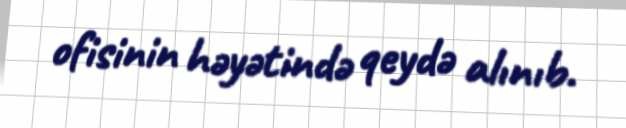
ofisinin həyətində qeydə alınıb.